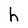
Character: h